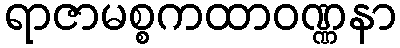
ရာဇာမစ္စကထာဝဏ္ဏနာ